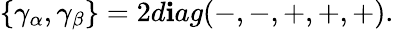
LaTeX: \{ \gamma_{\alpha},\gamma_{\beta}\} =2d\mathbf{i}ag(-,-,+,+,+).